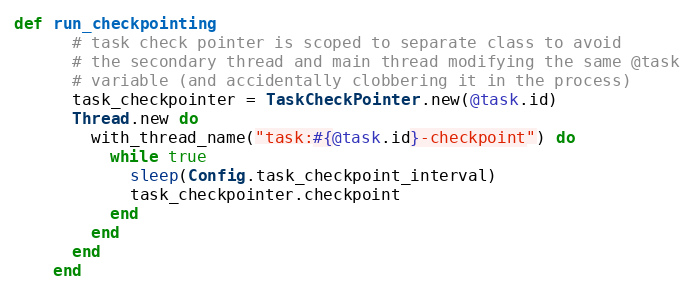
Language: Ruby
def run_checkpointing
      # task check pointer is scoped to separate class to avoid
      # the secondary thread and main thread modifying the same @task
      # variable (and accidentally clobbering it in the process)
      task_checkpointer = TaskCheckPointer.new(@task.id)
      Thread.new do
        with_thread_name("task:#{@task.id}-checkpoint") do
          while true
            sleep(Config.task_checkpoint_interval)
            task_checkpointer.checkpoint
          end
        end
      end
    end